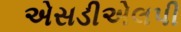
એસડીએલપી